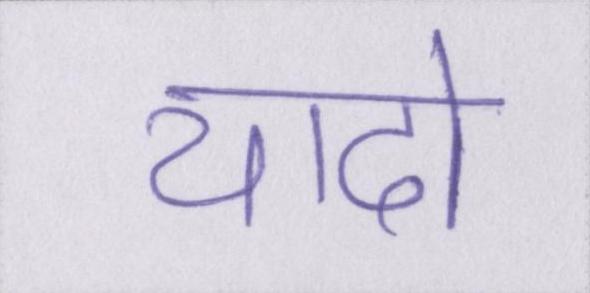
यादो